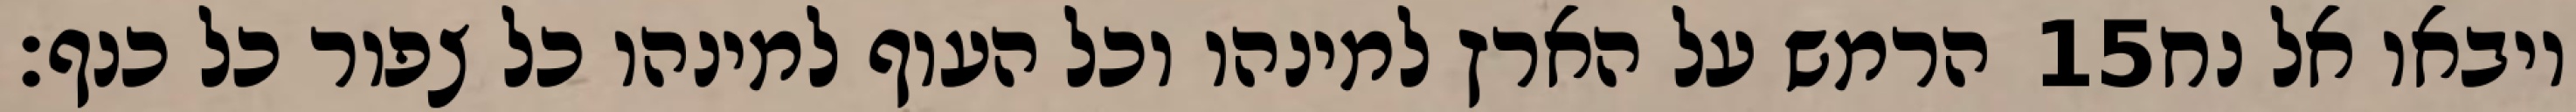
הרמש על הארץ למינהו וכל העוף למינהו כל צפור כל כנף׃ ‎15‏ ויבאו אל נח